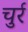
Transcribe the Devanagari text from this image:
चुर्र